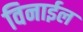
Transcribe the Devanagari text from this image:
विनाईल